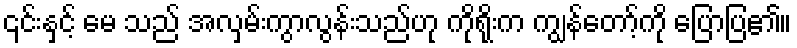
၎င်းနှင့် မေ သည် အလှမ်းကွာလွန်းသည်ဟု ကိုရိုးက ကျွန်တော့်ကို ပြောပြ၏။